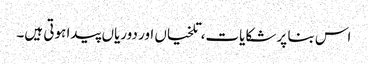
اس بنا پر شکایات، تلخیاں اور دوریاں پیدا ہوتی ہیں۔